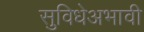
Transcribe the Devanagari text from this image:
सुविधेअभावी